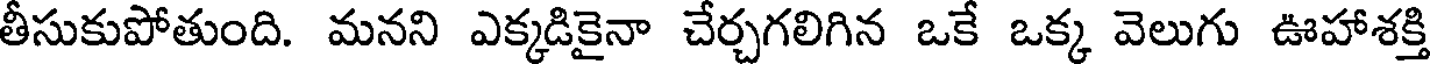
తీసుకుపోతుంది. మనని ఎక్కడికైనా చేర్చగలిగిన ఒకే ఒక్క వెలుగు ఊహాశక్తి